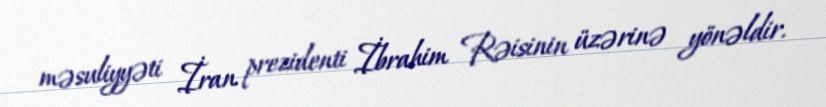
məsuliyyəti İran prezidenti İbrahim Rəisinin üzərinə yönəldir.